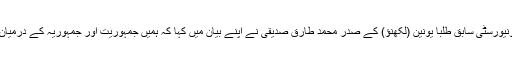
علی گڑھ مسلم یونیورسٹی سابق طلبا یونین (لکھنؤ) کے صدر محمد طارق صدیقی نے اپنے بیان میں کہا کہ ہمیں جمہوریت اور جمہوریہ کے درمیان فرق جاننا ہوگا۔